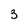
Character: 3